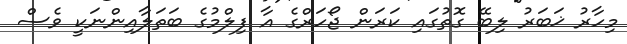
މިހާރު ޚަބަރު ލިބޭ ގޮތުގައި ކަރަން ޖޯހަރްގެ އާ ފިލްމުގެ ބަތަލާއިންނަކީ ވެސް